Vaccination United Provinces of Agra and Oudh 1914-1922 - 1914-1922
Year: 1914
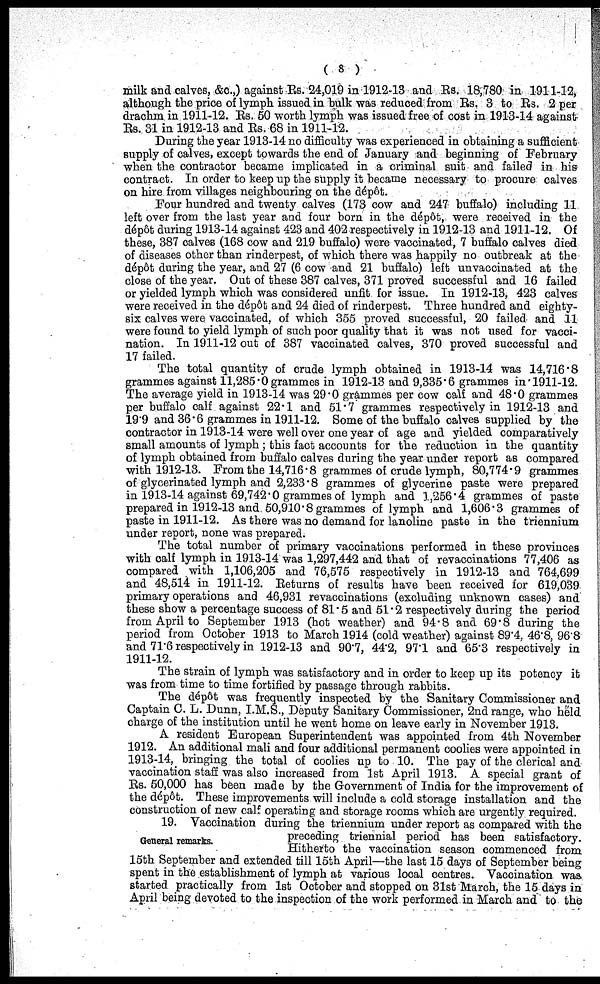
( 8 )
milk and calves, &c.,) against Rs. 24,019 in 1912-13 and Rs. 18,780 in 1911-12,
although the price of lymph issued in bulk was reduced from Rs. 3 to Rs. 2 per
drachm in 1911-12. Rs. 50 worth lymph was issued free of cost in 1913- 4 against
Rs. 31 in 1912-13 and Rs. 68 in 1911-12.
During the year 1913-14 no difficulty was experienced in obtaining a sufficient
supply of calves, except towards the end of January and beginning of February
when the contractor became implicated in a criminal suit and failed in his 1
contract. In order to keep up the supply it became necessary to procure calves
on hire from villages neighbouring on the dépôt.
Four hundred and twenty calves (173 cow and 247 buffalo) including 11
left over from the last year and four born in the dépôt, were received in the
dépôt during 1913-14 against 423 and 402 respectively in 1912-13 and 1911-12. Of
these, 387 calves (168 cow and 219 buffalo) were vaccinated, 7 buffalo calves died
of diseases other than rinderpest, of which there was happily no outbreak at the
dépôt during the year, and 27 (6 cow and 21 buffalo) left unvaccinated at the
close of the year. Out of these 387 calves, 371 proved successful and 16 failed
or yielded lymph which was considered unfit for issue. In 1912-13, 423 calves
were received in the dépôt and 24 died of rinderpest. Three hundred and eighty-
six calves were vaccinated, of which 355 proved successful, 20 failed and 11
were found to yield lymph of such poor quality that it was not used for vacci-
nation. In 1911-12 out of 387 vaccinated calves, 370 proved successful and
17 failed.
The total quantity of crude lymph obtained in 1913-14 was 14,716.8
grammes against 11,285.0 grammes in 1912-13 and 9,335.6 grammes in 1911-12.
The average yield in 1913-14 was 29.0 grammes per cow calf and 48.0 grammes
per buffalo calf against 22.1 and 51.7 grammes respectively in 1912-13 and
19.9 and 36.6 grammes in 1911-12. Some of the buffalo calves supplied by the
contractor in 1913-14 were well over one year of age and yielded comparatively
small amounts of lymph ; this fact accounts for the reduction in the quantity
of lymph obtained from buffalo calves during the year under report as compared
with 1912-13. From the 14,716.8 grammes of crude lymph, 80,774.9 grammes
of glycerinated lymph and 2,233.8 grammes of glycerine paste were prepared
in 1913-14 against 69,742.0 grammes of lymph and 1,256.4 grammes of paste
prepared in 1912-13 and 50,910.8 grammes of lymph and 1,606.3 grammes of
paste in 1911-12. As there was no demand for lanoline paste in the triennium
under report, none was prepared.
The total number of primary vaccinations performed in these provinces
with calf lymph in 1913-14 was 1,297,442 and that of revaccinations 77,406 as
compared with 1,106,205 and 76,575 respectively in 1912-13 and 764,699
and 48,514 in 1911-12. Returns of results have been received for 619,039
primary operations and 46,931 revaccinations (excluding unknown cases) and
these show a percentage success of 81.5 and 51.2 respectively during the period
from April to September 1913 (hot weather) and 94.8 and 69.8 during the
period from October 1913 to March 1914 (cold weather) against 89.4, 46.8, 96.8
and 71.6 respectively in 1912-13 and 90.7, 44.2, 97.1 and 65.3 respectively in
1911-12.
The strain of lymph was satisfactory and in order to keep up its potency it
was from time to time fortified by passage through rabbits.
The dépôt was frequently inspected by the Sanitary Commissioner and
Captain C. L. Dunn, I.M.S., Deputy Sanitary Commissioner, 2nd range, who held
charge of the institution until he went home on leave early in November 1913.
A resident European Superintendent was appointed from 4th November
1912. An additional mali and four additional permanent coolies were appointed in
1913-14, bringing the total of coolies up to 10. The pay of the clerical and
vaccination staff was also increased from 1st April 1913. A special grant of
Rs. 50,000 has been made by the Government of India for the improvement of
the dépôt. These improvements will include a cold storage installation and the
construction of new calf operating and storage rooms which are urgently required.
General remarks.
19. Vaccination during the triennium under report as compared with the
preceding triennial period has been satisfactory.
Hitherto the vaccination season commenced from
15th September and extended till 15th April—the last 15 days of September being
spent in the establishment of lymph at various local centres. Vaccination was
started practically from 1st October and stopped on 31st March, the 15 days in
April being devoted to the inspection of the work performed in March and to the